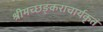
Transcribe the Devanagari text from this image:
श्रीमच्छङ्कराचार्यकृतं